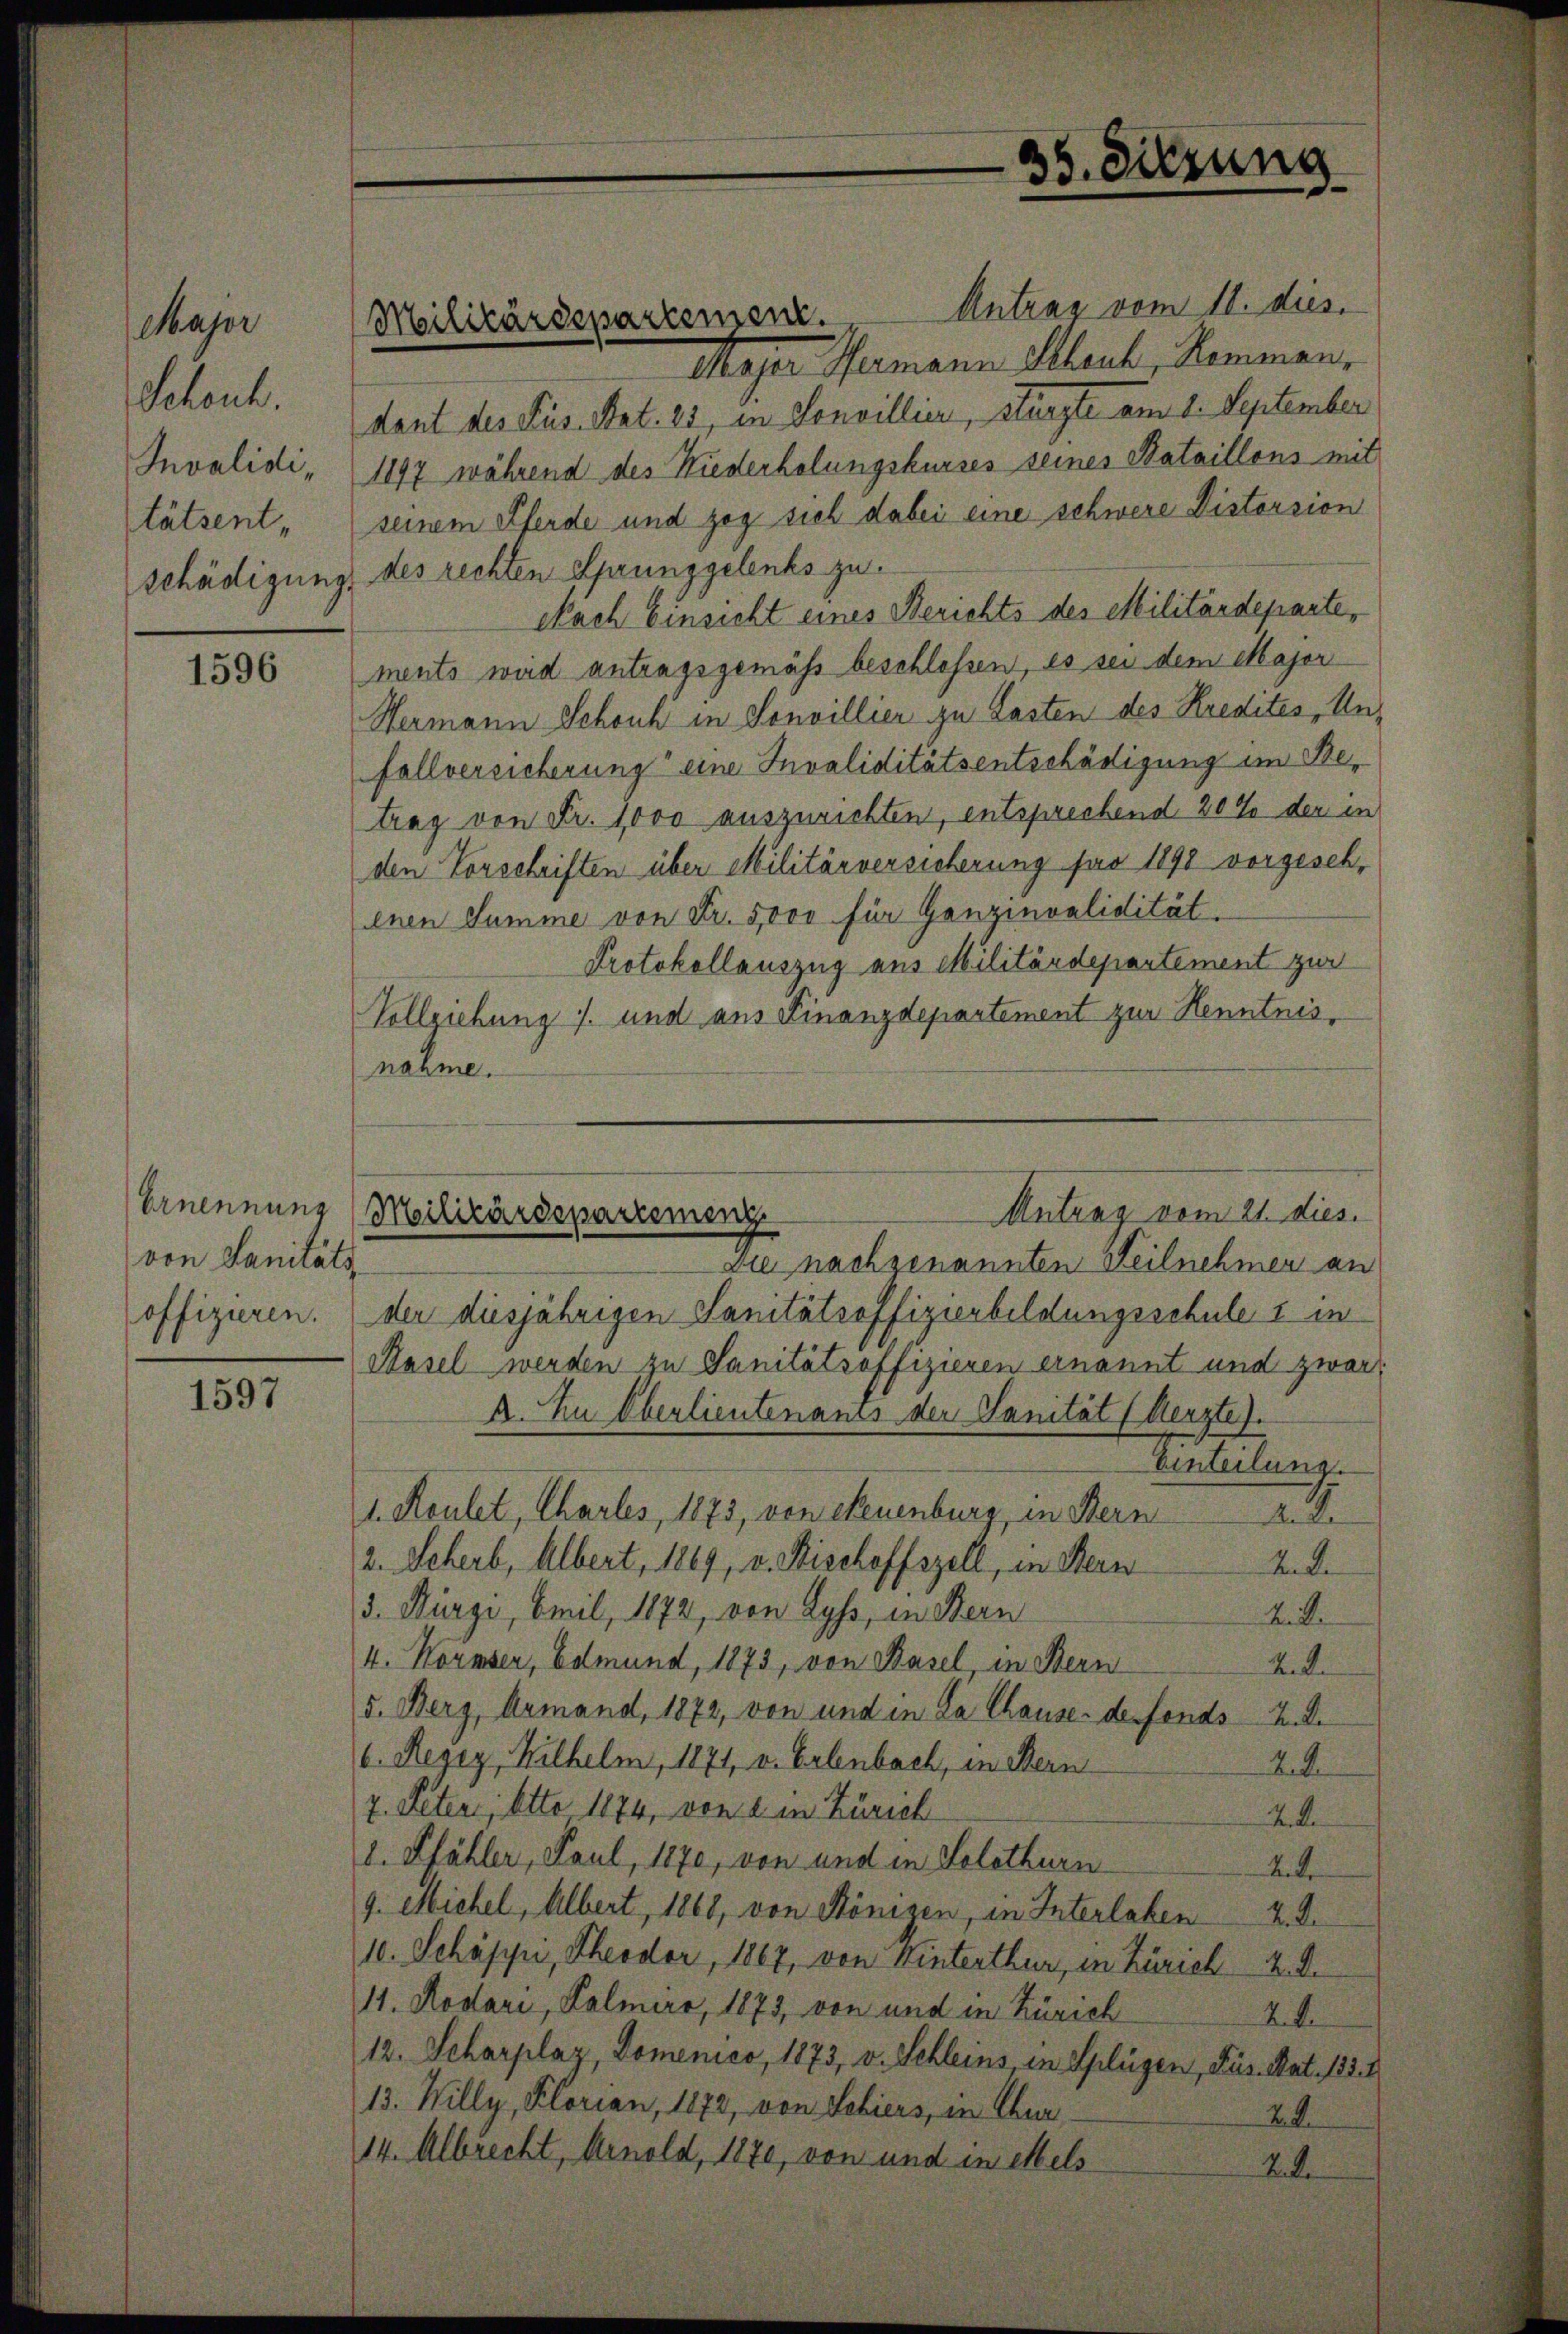
Major
Scheut.
Invalidi,
tätsent.

1596

Ernennung
von Sanitäts

1597

Antrag vom 11. dies.
Moser Hermann Allent, Kommen,
dant des Sus. Stat. 23, in Sonvillier, stürzte am 1. September
1897 während des Niederholungskurses seines Bataillons mit
seinem Pferde und zog sich dabei eine schwere Distorsion
schädigung des rechten Sprünggelenks zu.
Nach Einsicht eines Berichts des Militärdeparte,
ments wird antragsgemäß beschloßen, es sei dem Majer
Hermann Schonk in Sonvillier zu Lasten des Kredites, Unfallversicherung eine Invaliditätsentschädigung im Betrag von Fr. 1000 auszurichten, entsprechend 20 % der in
den Vorschriften über Militärversicherung für 1891 vorgesch,
enen Summe von Fr. 5000 für Ganzinvalidität.
Protokollauszug aus Militärdepartement zwe
Vollziehung s. und aus Finanzdepartement zur Henntnis,
nahme.

Militärdepartenzen.

35. Sitzung
¬

zlei nachgenannten Teilnehmen an
offizieren. der diesjährigen Sanitätroffizierbildungsschule 1 in
Hasel werden zu Sanitätsoffizieren ernannt und zwar
A. In Oberlieutenants der Sanität (Aerzte).
Winteilung.
1. Keuler, Charles, 1875, von Streuenburg, in Stern A
2. Scherb, Albert, 1869, v. Stischoffszell, in Stern
And.
3. Bürgi, Emil 1872, von Lyss, in Bern
A. R.
4. Normser, Edmund, 1873, von Basel, in Bern
R. R.
5. Berg, Armand, 1872, von und in La Chause der Fonds 2. d.
v. Reger, Wilhelm, 1871, v. Erlenbach, in Bern
24
2. Peter, Otto 1874, von 2 in Zürich
K. K.
d. Pfähler, Paul, 1870, von und in Solothurn
Ande
9. Michel, Albert, 1868, von Bönisen, in Interlaben 4. d.
10. Schäppi, Theodor, 1867, von Winterthur, in Zürich 4. d.
11. Rodari, Lalmirr, 1873, von und in Zürich
2. d.
12. Scharplaz, Domenico, 1873, v. Schleins, in Splügen, Pus. Nat. 1331
13. Willy, Florian, 1872, von Schiers, in Chur
22
14. Albrecht, Arnold, 1870, von und in ettels
2.

Antrag vom 21. dies.
Militärdepartemeng